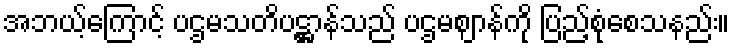
အဘယ့်ကြောင့် ပဌမသတိပဋ္ဌာန်သည် ပဌမဈာန်ကို ပြည့်စုံစေသနည်း။